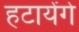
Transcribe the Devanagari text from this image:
हटायेंगे